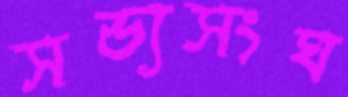
সভ্যসংঘ